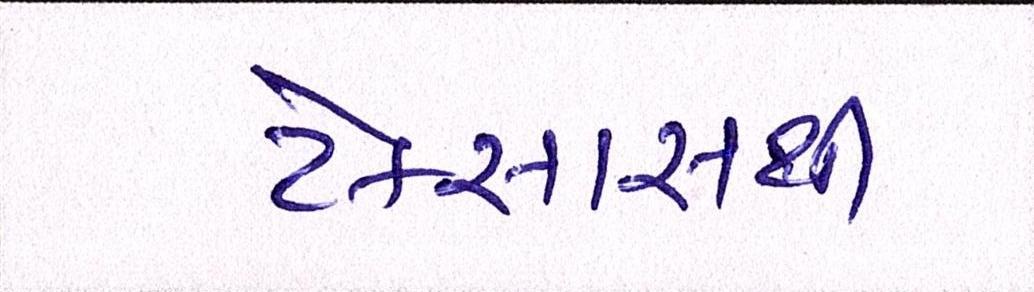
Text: ટેક્સાસથી